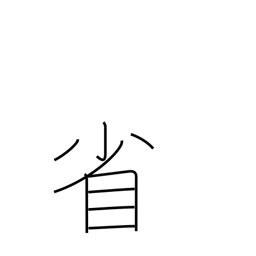
Meaning: government ministry